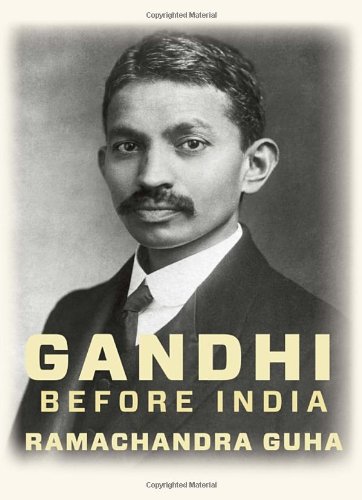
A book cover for Gandhi Before India; Ramachandra Guha; Biographies & Memoirs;